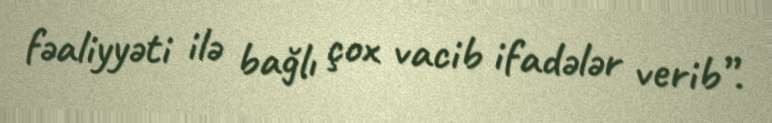
fəaliyyəti ilə bağlı çox vacib ifadələr verib”.